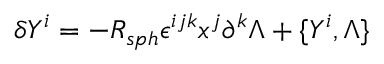
\delta Y ^ { i } = - R _ { s p h } \epsilon ^ { i j k } x ^ { j } \partial ^ { k } \Lambda + \{ Y ^ { i } , \Lambda \}